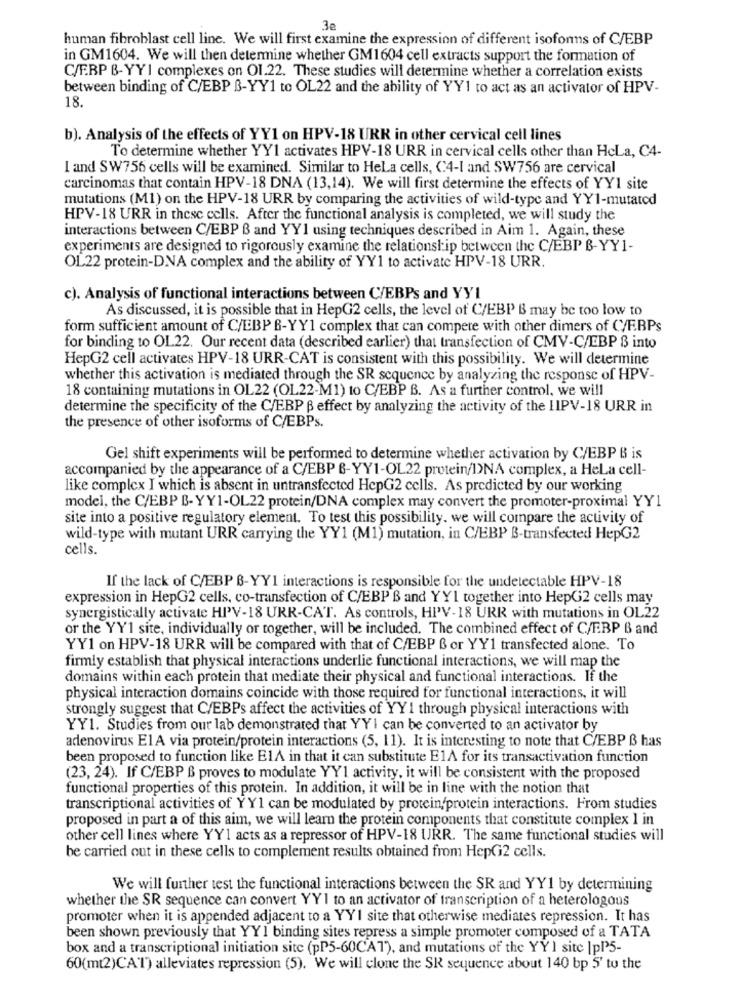
3e
human fibroblast cell line. We will first examine the expression of different isoforms of C/EBP
in GM1604. We will then determine whether GM1604 cell extracts support the formation of
C/FRP B-YYI complexes on OI.22. These studies will determine whether a correlation exists
between binding of C/EBP B-YY1 to OL22 and the ability of YY1 to act as an activator of HPV-
18.
b). Analysis of the effects of YY1 on HPV-18 URR in other cervical cell lines
To determine whether YY1 activates HPV-18 URR in cervical cells other than HcLa, C4-
I and SW756 cells will be examined. Similar to Hela cells, C4-1 and SW756 are cervical
carcinomas that contain HPV-18 DNA (13,14). We will first determine the effects of YY1 site
mutations (M1) on the HPV-18 URR by comparing the activities of wild-type and YY1-mutated
HPV-18 URR in these cells. After the functional analysis is completed, we will study the
interactions between C/EBP B and YY1 using techniques described in Aim 1. Again, these
experiments are designed to rigorously examine the relationship between the C/EBP B-YY1-
OL22 protein-DNA complex and the ability of YY1 to activate HPV-18 URR.
c). Analysis of functional interactions between C/EBPs and YYI
As discussed, it is possible that in HepG2 cells, the level of C/EBP B may be too low to
form sufficient amount of C/EBP B-YY1 complex that can compete with other dimers of (/ERPs
for binding to OL22. Our recent data (described earlier) that transfection of CMV-C/EBP $ into
HepG2 cell activates HPV-18 URR-CAT is consistent with this possibility. We will determine
whether this activation is mediated through the SR sequence by analyzing the response of HPV-
18 containing mutations in OL22 (OL22-M1) to C/EBP B. As a further control, we will
determine the specificity of the C/EBP B effect by analyzing the activity of the HIPV-18 URR in
the presence of other isoforms of C/EBPs.
Gel shift experiments will be performed to determine whether activation by C/EBP B is
accompanied by the appearance of a C/EBP B-YY1-OL22 protein/INA complex, a HeLa cell-
like complex I which is absent in untransfected HepG2 cells. As predicted by our working
model, the C/EBP B- YY1-OL22 protein/DNA complex may convert the promoter-proximal YY1
site into a positive regulatory element. To test this possibility. we will compare the activity of
wild-type with mutant URR carrying the YY1 (M1) mutation, in C/EBP B-transfected HepG2
cells.
If the lack of C/EBP B-YY1 interactions is responsible for the undetectable HPV-18
expression in HepG2 cells, co-transfection of C/EBP B and YY1 together into HepG2 cells may
synergistically activate HPV-18 URR-CAT. As controls, HPV-18 URR with mutations in OL22
or the YY'1 site, individually or together, will be included. The combined effect of C/EBP B and
YY1 on HPV-18 URR will be compared with that of C/EBP & or YY1 transfected alone. To
firmly establish that physical interactions underlie functional interactions, we will map the
domains within each protein that mediate their physical and functional interactions. If the
physical interaction domains coincide with those required for functional interactions, it will
strongly suggest that C/EBPs affect the activities of YY 1 through physical interactions with
YY1. Studies from our lab demonstrated that YYI can be converted to an activator by
adenovirus E1A via protein/protein interactions (5, 11). It is interesting to note that C/EBP ß has
been proposed to function like E1A in that it can substitute E1A for its transactivation function
(23, 24). If C/EBP B proves to modulate YY1 activity, it will be consistent with the proposed
functional properties of this protein. In addition, it will be in line with the notion that
transcriptional activities of YY1 can be modulated by protein/protein interactions. From studies
proposed in part a of this aim, we will learn the protein components that constitute complex 1 in
other cell lines where YY1 acts as a repressor of HPV-18 URR. The same functional studies will
be carried out in these cells to complement results obtained from HepG2 cells.
We will further test the functional interactions between the SR and YY1 by determining
whether the SR sequence can convert YY1 to an activator of transcription of a heterologous
promoter when it is appended adjacent to a YYI site that otherwise mediates repression. It has
been shown previously that YY1 binding sites repress a simple promoter composed of a TATA
box and a transcriptional initiation site (pP5-60CA1), and mutations of the YY 1 site |pP35-
60(mt2)CAT) alleviates repression (5). We will clone the SR sequence about 140 bp 5' to the